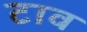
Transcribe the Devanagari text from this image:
टाव